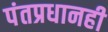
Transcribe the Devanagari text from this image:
पंतप्रधानही